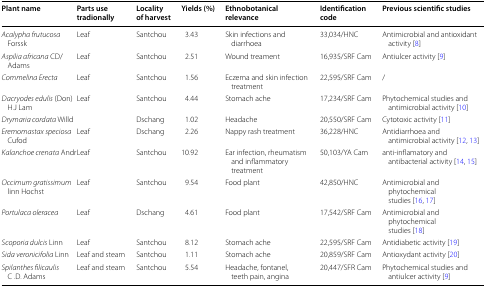
<table><thead><tr><td><b>Plant name</b></td><td><b>Parts use tradionally</b></td><td><b>Locality of harvest</b></td><td><b>Yields (%)</b></td><td><b>Ethnobotanical relevance</b></td><td><b>Identification code</b></td><td><b>Previous scientific studies</b></td></tr></thead><tbody><tr><td><i>Acalypha frutucosa</i> Forssk</td><td>Leaf</td><td>Santchou</td><td>3.43</td><td>Skin infections and diarrhoea</td><td>33,034/HNC</td><td>Antimicrobial and antioxidant activity [8]</td></tr><tr><td><i>Aspilia africana</i> CD/Adams</td><td>Leaf</td><td>Santchou</td><td>2.51</td><td>Wound treament</td><td>16,935/SRF Cam</td><td>Antiulcer activity [9]</td></tr><tr><td><i>Commelina Erecta</i></td><td>Leaf</td><td>Santchou</td><td>1.56</td><td>Eczema and skin infection treatment</td><td>22,595/SRF Cam</td><td>/</td></tr><tr><td><i>Dacryodes edulis</i> (Don) H.J Lam</td><td>Leaf</td><td>Santchou</td><td>4.44</td><td>Stomach ache</td><td>17,234/SRF Cam</td><td>Phytochemical studies and antimicrobial activity [10]</td></tr><tr><td><i>Drymaria cordata</i> Willd</td><td></td><td>Dschang</td><td>1.02</td><td>Headache</td><td>20,550/SRF Cam</td><td>Cytotoxic activity [11]</td></tr><tr><td><i>Eremomastax speciosa</i> Cufod</td><td>Leaf</td><td>Dschang</td><td>2.26</td><td>Nappy rash treatment</td><td>36,228/HNC</td><td>Antidiarrhoea and antimicrobial activity [12, 13]</td></tr><tr><td><i>Kalanchoe crenata</i> Andr</td><td>Leaf</td><td>Santchou</td><td>10.92</td><td>Ear infection, rheumatism and inflammatory treatment</td><td>50,103/YA Cam</td><td>anti-inflamatory and antibacterial activity [14, 15]</td></tr><tr><td><i>Occimum gratissimum</i> linn Hochst</td><td>Leaf</td><td>Santchou</td><td>9.54</td><td>Food plant</td><td>42,850/HNC</td><td>Antimicrobial and phytochemical studies [16, 17]</td></tr><tr><td><i>Portulaca oleracea</i></td><td>Leaf</td><td>Dschang</td><td>4.61</td><td>Food plant</td><td>17,542/SRF Cam</td><td>Antimicrobial and phytochemical studies [18]</td></tr><tr><td><i>Scoporia dulcis</i> Linn</td><td>Leaf</td><td>Santchou</td><td>8.12</td><td>Stomach ache</td><td>22,595/SRF Cam</td><td>Antidiabetic activity [19]</td></tr><tr><td><i>Sida veronicifolia</i> Linn</td><td>Leaf and steam</td><td>Santchou</td><td>1.11</td><td>Stomach ache</td><td>20,859/SRF Cam</td><td>Antioxydant activity [20]</td></tr><tr><td><i>Spilanthes filicaulis</i> C .D. Adams</td><td>Leaf and steam</td><td>Santchou</td><td>5.54</td><td>Headache, fontanel, teeth pain, angina</td><td>20,447/SFR Cam</td><td>Phytochemical studies and antiulcer activity [9]</td></tr></tbody></table>